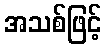
အသစ်ဖြင့်